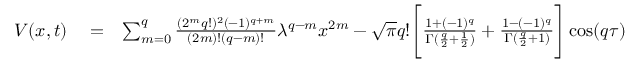
\begin{array} { r l r } { V ( x , t ) } & { { } = } & { \sum _ { m = 0 } ^ { q } \frac { ( 2 ^ { m } q ! ) ^ { 2 } ( - 1 ) ^ { q + m } } { ( 2 m ) ! ( q - m ) ! } \lambda ^ { q - m } x ^ { 2 m } - \sqrt { \pi } q ! \Bigg [ \frac { 1 + ( - 1 ) ^ { q } } { \Gamma ( \frac { q } { 2 } + \frac { 1 } { 2 } ) } + \frac { 1 - ( - 1 ) ^ { q } } { \Gamma ( \frac { q } { 2 } + 1 ) } \Bigg ] \cos ( q \tau ) x ^ { q } + 1 } \end{array}